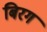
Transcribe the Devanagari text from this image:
बिरग